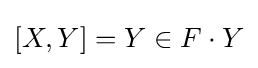
[X,Y]=Y\in F\cdot Y